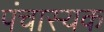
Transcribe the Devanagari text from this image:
पंचास्यक